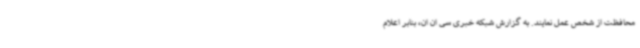
محافظت از شخص عمل نمایند. به گزارش شبکه خبری سی ان ان، بنابر اعلام